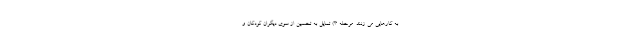
به کارهایی می زنند. مرحله 3) تمایل به تحسین از سوی دیگران کودکان و